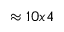
\approx 1 0 x 4